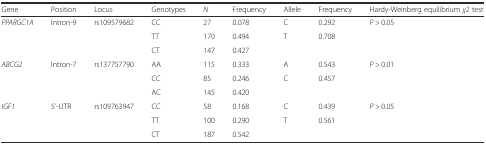
<table><thead><tr><td><b>Gene</b></td><td><b>Position</b></td><td><b>Locus</b></td><td><b>Genotypes</b></td><td><b><i>N</i></b></td><td><b>Frequency</b></td><td><b>Allele</b></td><td><b>Frequency</b></td><td><b>Hardy-Weinberg equilibrium <i>χ</i>2 test</b></td></tr></thead><tbody><tr><td rowspan="3"><i>PPARGC1A</i></td><td rowspan="3">Intron-9</td><td rowspan="3">rs109579682</td><td>CC</td><td>27</td><td>0.078</td><td>C</td><td>0.292</td><td rowspan="3"><i>P</i> &gt; 0.05</td></tr><tr><td>TT</td><td>170</td><td>0.494</td><td>T</td><td>0.708</td></tr><tr><td>CT</td><td>147</td><td>0.427</td><td></td><td></td></tr><tr><td rowspan="3"><i>ABCG2</i></td><td rowspan="3">Intron-7</td><td rowspan="3">rs137757790</td><td>AA</td><td>115</td><td>0.333</td><td>A</td><td>0.543</td><td rowspan="3"><i>P</i> &gt; 0.01</td></tr><tr><td>CC</td><td>85</td><td>0.246</td><td>C</td><td>0.457</td></tr><tr><td>AC</td><td>145</td><td>0.420</td><td></td><td></td></tr><tr><td rowspan="3"><i>IGF1</i></td><td rowspan="3">5’-UTR</td><td rowspan="3">rs109763947</td><td>CC</td><td>58</td><td>0.168</td><td>C</td><td>0.439</td><td rowspan="3"><i>P</i> &gt; 0.05</td></tr><tr><td>TT</td><td>100</td><td>0.290</td><td>T</td><td>0.561</td></tr><tr><td>CT</td><td>187</td><td>0.542</td><td></td><td></td></tr></tbody></table>